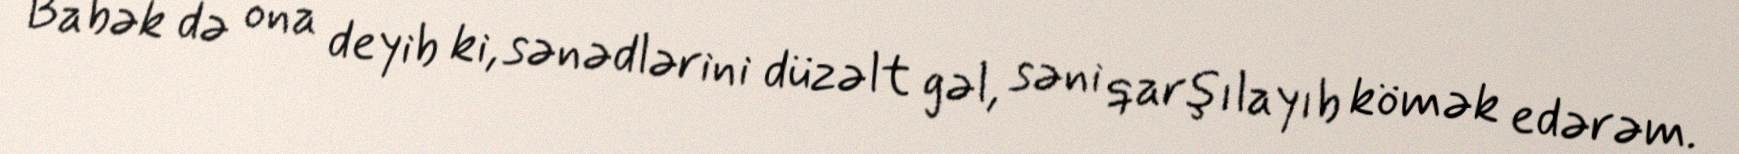
Babək də ona deyib ki, sənədlərini düzəlt gəl, səni qarşılayıb kömək edərəm.